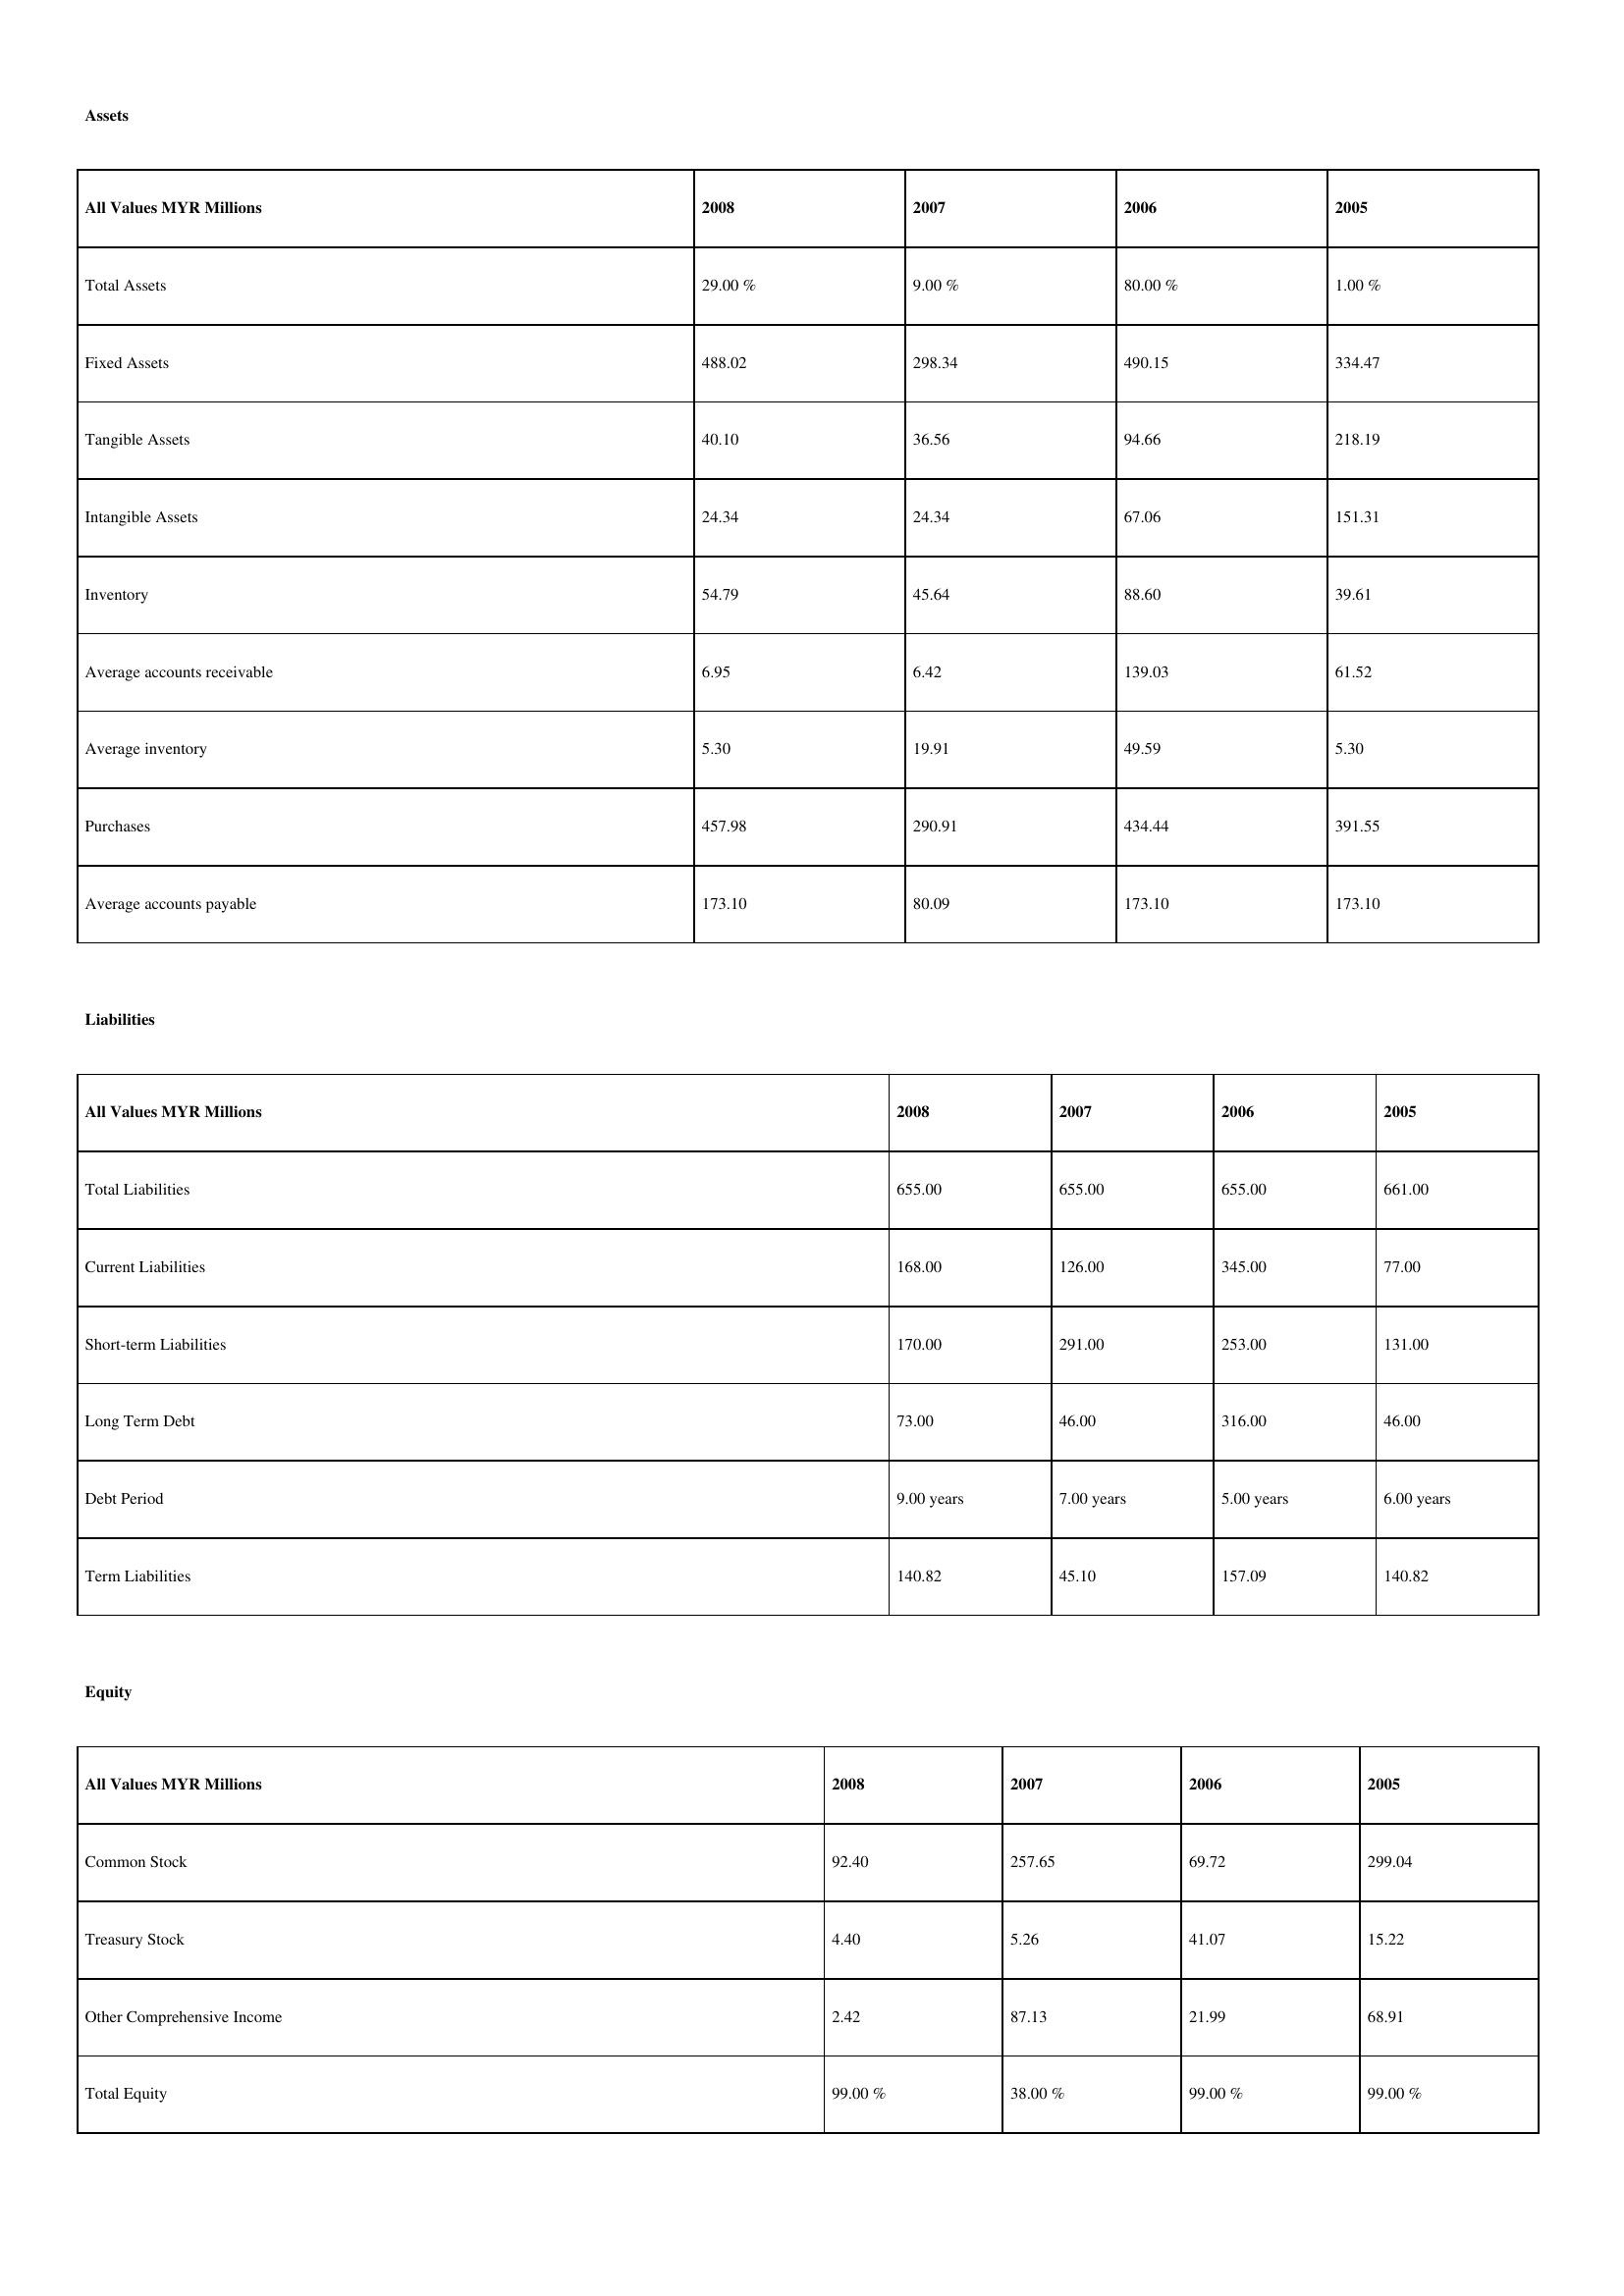
gt_parse: 2008: Assets: Total Assets: 29.00 %
Fixed Assets: 488.02
Tangible Assets: 40.10
Intangible Assets: 24.34
Inventory: 54.79
Average accounts receivable: 6.95
Average inventory: 5.30
Purchases: 457.98
Average accounts payable: 173.10
Liabilities: Total Liabilities: 655.00
Current Liabilities: 168.00
Short-term Liabilities: 170.00
Long Term Debt: 73.00
Debt Period: 9.00 years
Term Liabilities: 140.82
Equity: Common Stock: 92.40
Treasury Stock: 4.40
Other Comprehensive Income: 2.42
Total Equity: 99.00 %
2007: Assets: Total Assets: 9.00 %
Fixed Assets: 298.34
Tangible Assets: 36.56
Intangible Assets: 24.34
Inventory: 45.64
Average accounts receivable: 6.42
Average inventory: 19.91
Purchases: 290.91
Average accounts payable: 80.09
Liabilities: Total Liabilities: 655.00
Current Liabilities: 126.00
Short-term Liabilities: 291.00
Long Term Debt: 46.00
Debt Period: 7.00 years
Term Liabilities: 45.10
Equity: Common Stock: 257.65
Treasury Stock: 5.26
Other Comprehensive Income: 87.13
Total Equity: 38.00 %
2006: Assets: Total Assets: 80.00 %
Fixed Assets: 490.15
Tangible Assets: 94.66
Intangible Assets: 67.06
Inventory: 88.60
Average accounts receivable: 139.03
Average inventory: 49.59
Purchases: 434.44
Average accounts payable: 173.10
Liabilities: Total Liabilities: 655.00
Current Liabilities: 345.00
Short-term Liabilities: 253.00
Long Term Debt: 316.00
Debt Period: 5.00 years
Term Liabilities: 157.09
Equity: Common Stock: 69.72
Treasury Stock: 41.07
Other Comprehensive Income: 21.99
Total Equity: 99.00 %
2005: Assets: Total Assets: 1.00 %
Fixed Assets: 334.47
Tangible Assets: 218.19
Intangible Assets: 151.31
Inventory: 39.61
Average accounts receivable: 61.52
Average inventory: 5.30
Purchases: 391.55
Average accounts payable: 173.10
Liabilities: Total Liabilities: 661.00
Current Liabilities: 77.00
Short-term Liabilities: 131.00
Long Term Debt: 46.00
Debt Period: 6.00 years
Term Liabilities: 140.82
Equity: Common Stock: 299.04
Treasury Stock: 15.22
Other Comprehensive Income: 68.91
Total Equity: 99.00 %